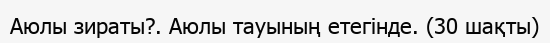
Аюлы зираты?. Аюлы тауының етегінде. (30 шақты)